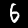
Digit: 6